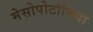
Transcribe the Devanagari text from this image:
मेसोपोटोमिया